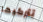
تتركيها